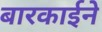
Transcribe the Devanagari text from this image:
बारकार्इने